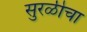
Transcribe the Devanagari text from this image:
सुरळीचा